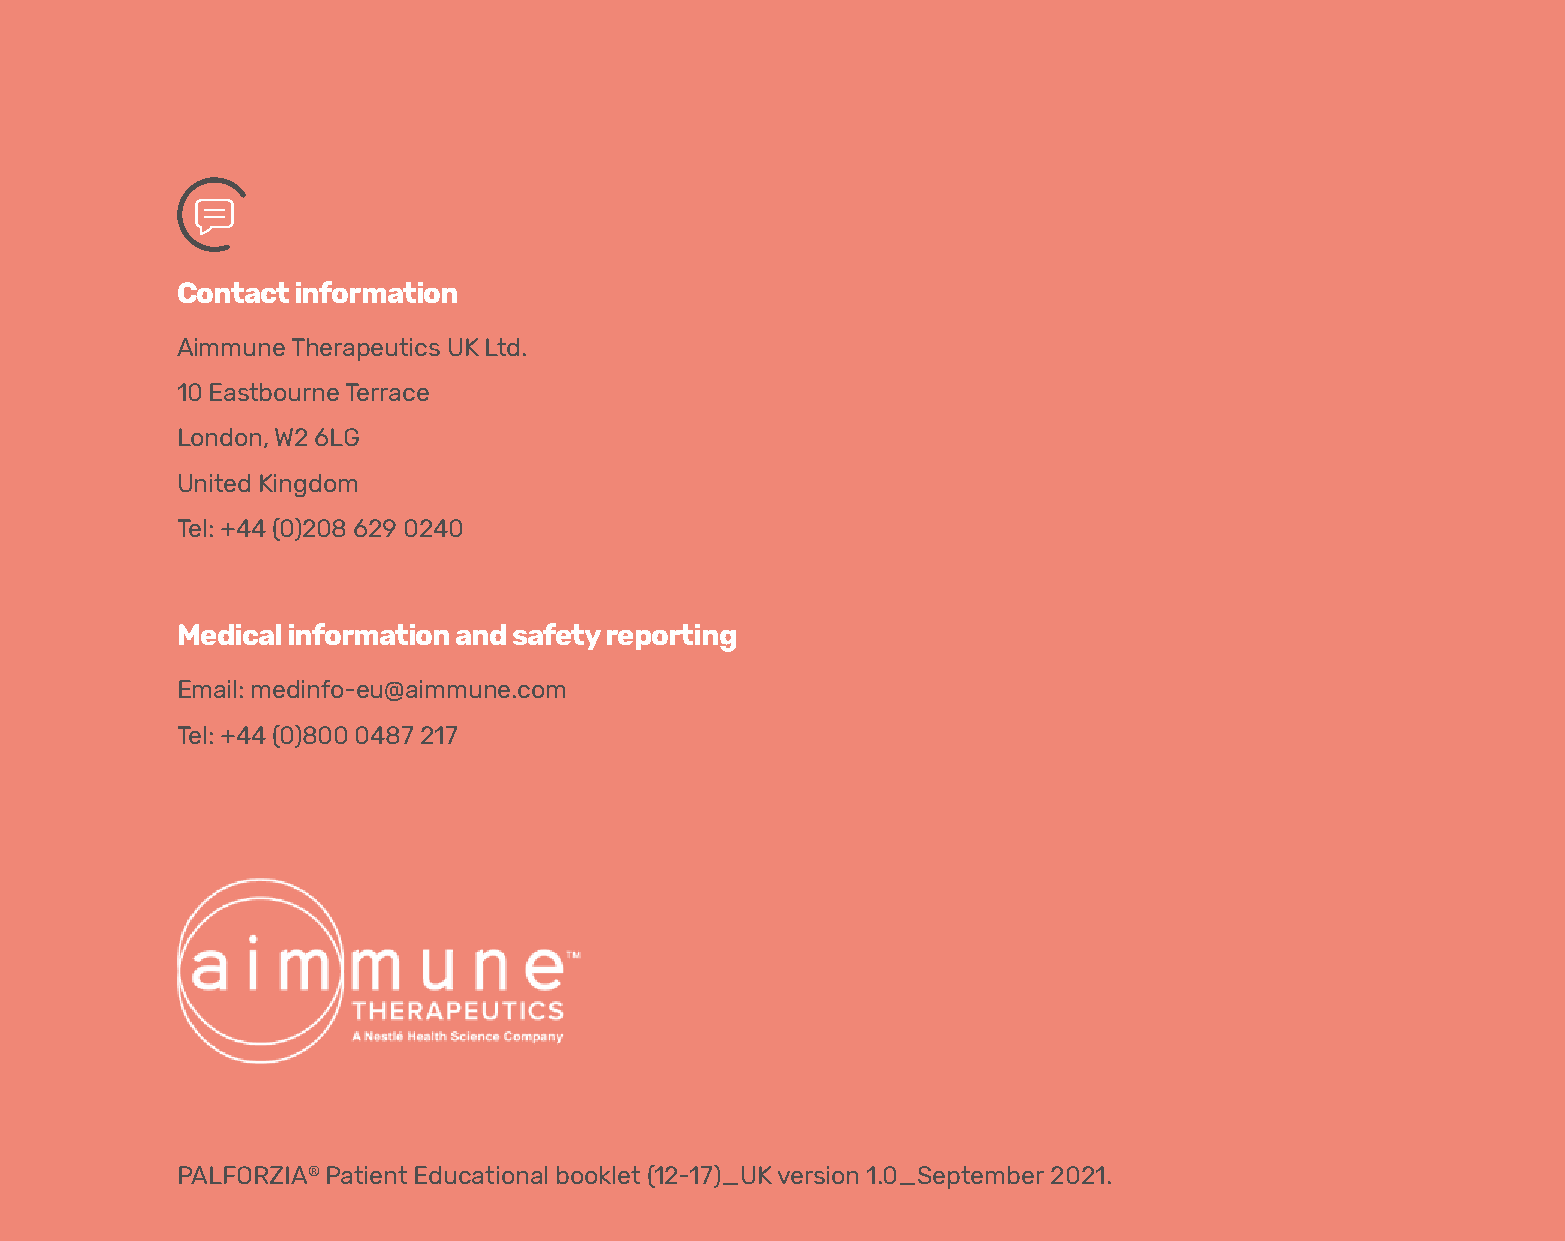
Contact information
 Aimmune Therapeutics UK Ltd.
 10 Eastbourne Terrace
 London, W2 6LG
 United Kingdom
 Tel: +44 (0)208 629 0240
 Medical information and safety reporting
 Email: medinfo-eu@aimmune.com
 Tel: +44 (0)800 0487 217
 PALFORZIA® Patient Educational booklet (12-17)_UK version 1.0_September 2021.
 Booklet_12-17_UK_V1.0